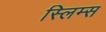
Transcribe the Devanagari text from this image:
स्लिम्स